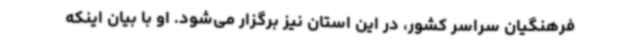
فرهنگیان سراسر کشور، در این استان نیز برگزار می‌شود. او با بیان اینکه